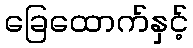
ခြေထောက်နှင့်